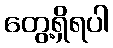
တွေ့ရှိရပါ